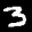
Label: 3